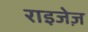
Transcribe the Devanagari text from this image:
राइजेज़